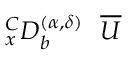
_ { x } ^ { C } D _ { b } ^ { ( \alpha , { \delta } ) } ~ ~ \overline { { U } }